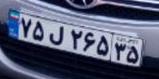
۷۵ل۲۶۵۳۵